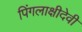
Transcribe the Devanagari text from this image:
पिंगलाक्षीदेवी